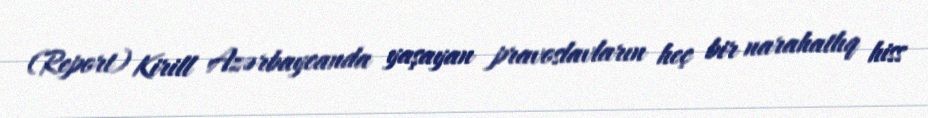
(Report) Kirill Azərbaycanda yaşayan pravoslavların heç bir narahatlıq hiss